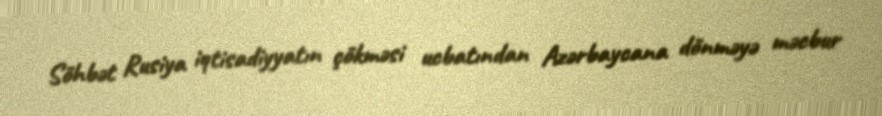
Söhbət Rusiya iqtisadiyyatın çökməsi ucbatından Azərbaycana dönməyə məcbur